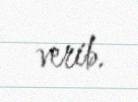
verib.